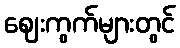
ဈေးကွက်များတွင်